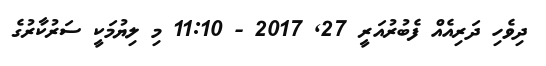
ދިވެހި ދަރިއެއް ފެބުރުއަރީ 27